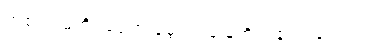
တစ် လမတိုင်ခင်က မွေးရပ်မြေကို ပြန်လာခဲ့တယ်။